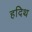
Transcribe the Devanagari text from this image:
हदिथ